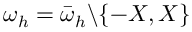
\omega _ { h } = \bar { \omega } _ { h } \backslash \{ - X , X \}